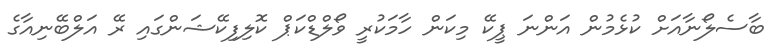
ބާސެލޯނާއަށް ކުޅެމުން އަންނަ ޕީކޭ މިކަން ހާމަކުރީ ވޯލްޑްކަޕް ކޮލިފިކޭޝަންގައި ރޭ އަލްބޭނިއާގެ